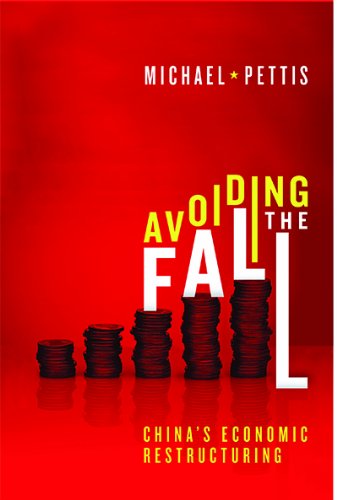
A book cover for Avoiding the Fall: China's Economic Restructuring; Michael Pettis; Business & Money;